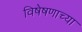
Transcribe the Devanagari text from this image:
विषेषणाच्या